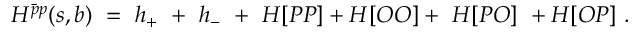
H ^ { \bar { p } p } ( s , b ) \ = \ h _ { + } \ + \ h _ { - } \ + \ H [ P P ] + H [ O O ] + \ H [ P O ] \ + H [ O P ] \ .